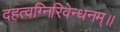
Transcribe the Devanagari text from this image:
दहत्वग्निरिवेन्धनम्॥